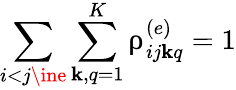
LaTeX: \sum_{i<j\ine}\sum_{\mathbf{k},q=1}^{K}\uprho_{ij\mathbf{k}q}^{(e)}=1